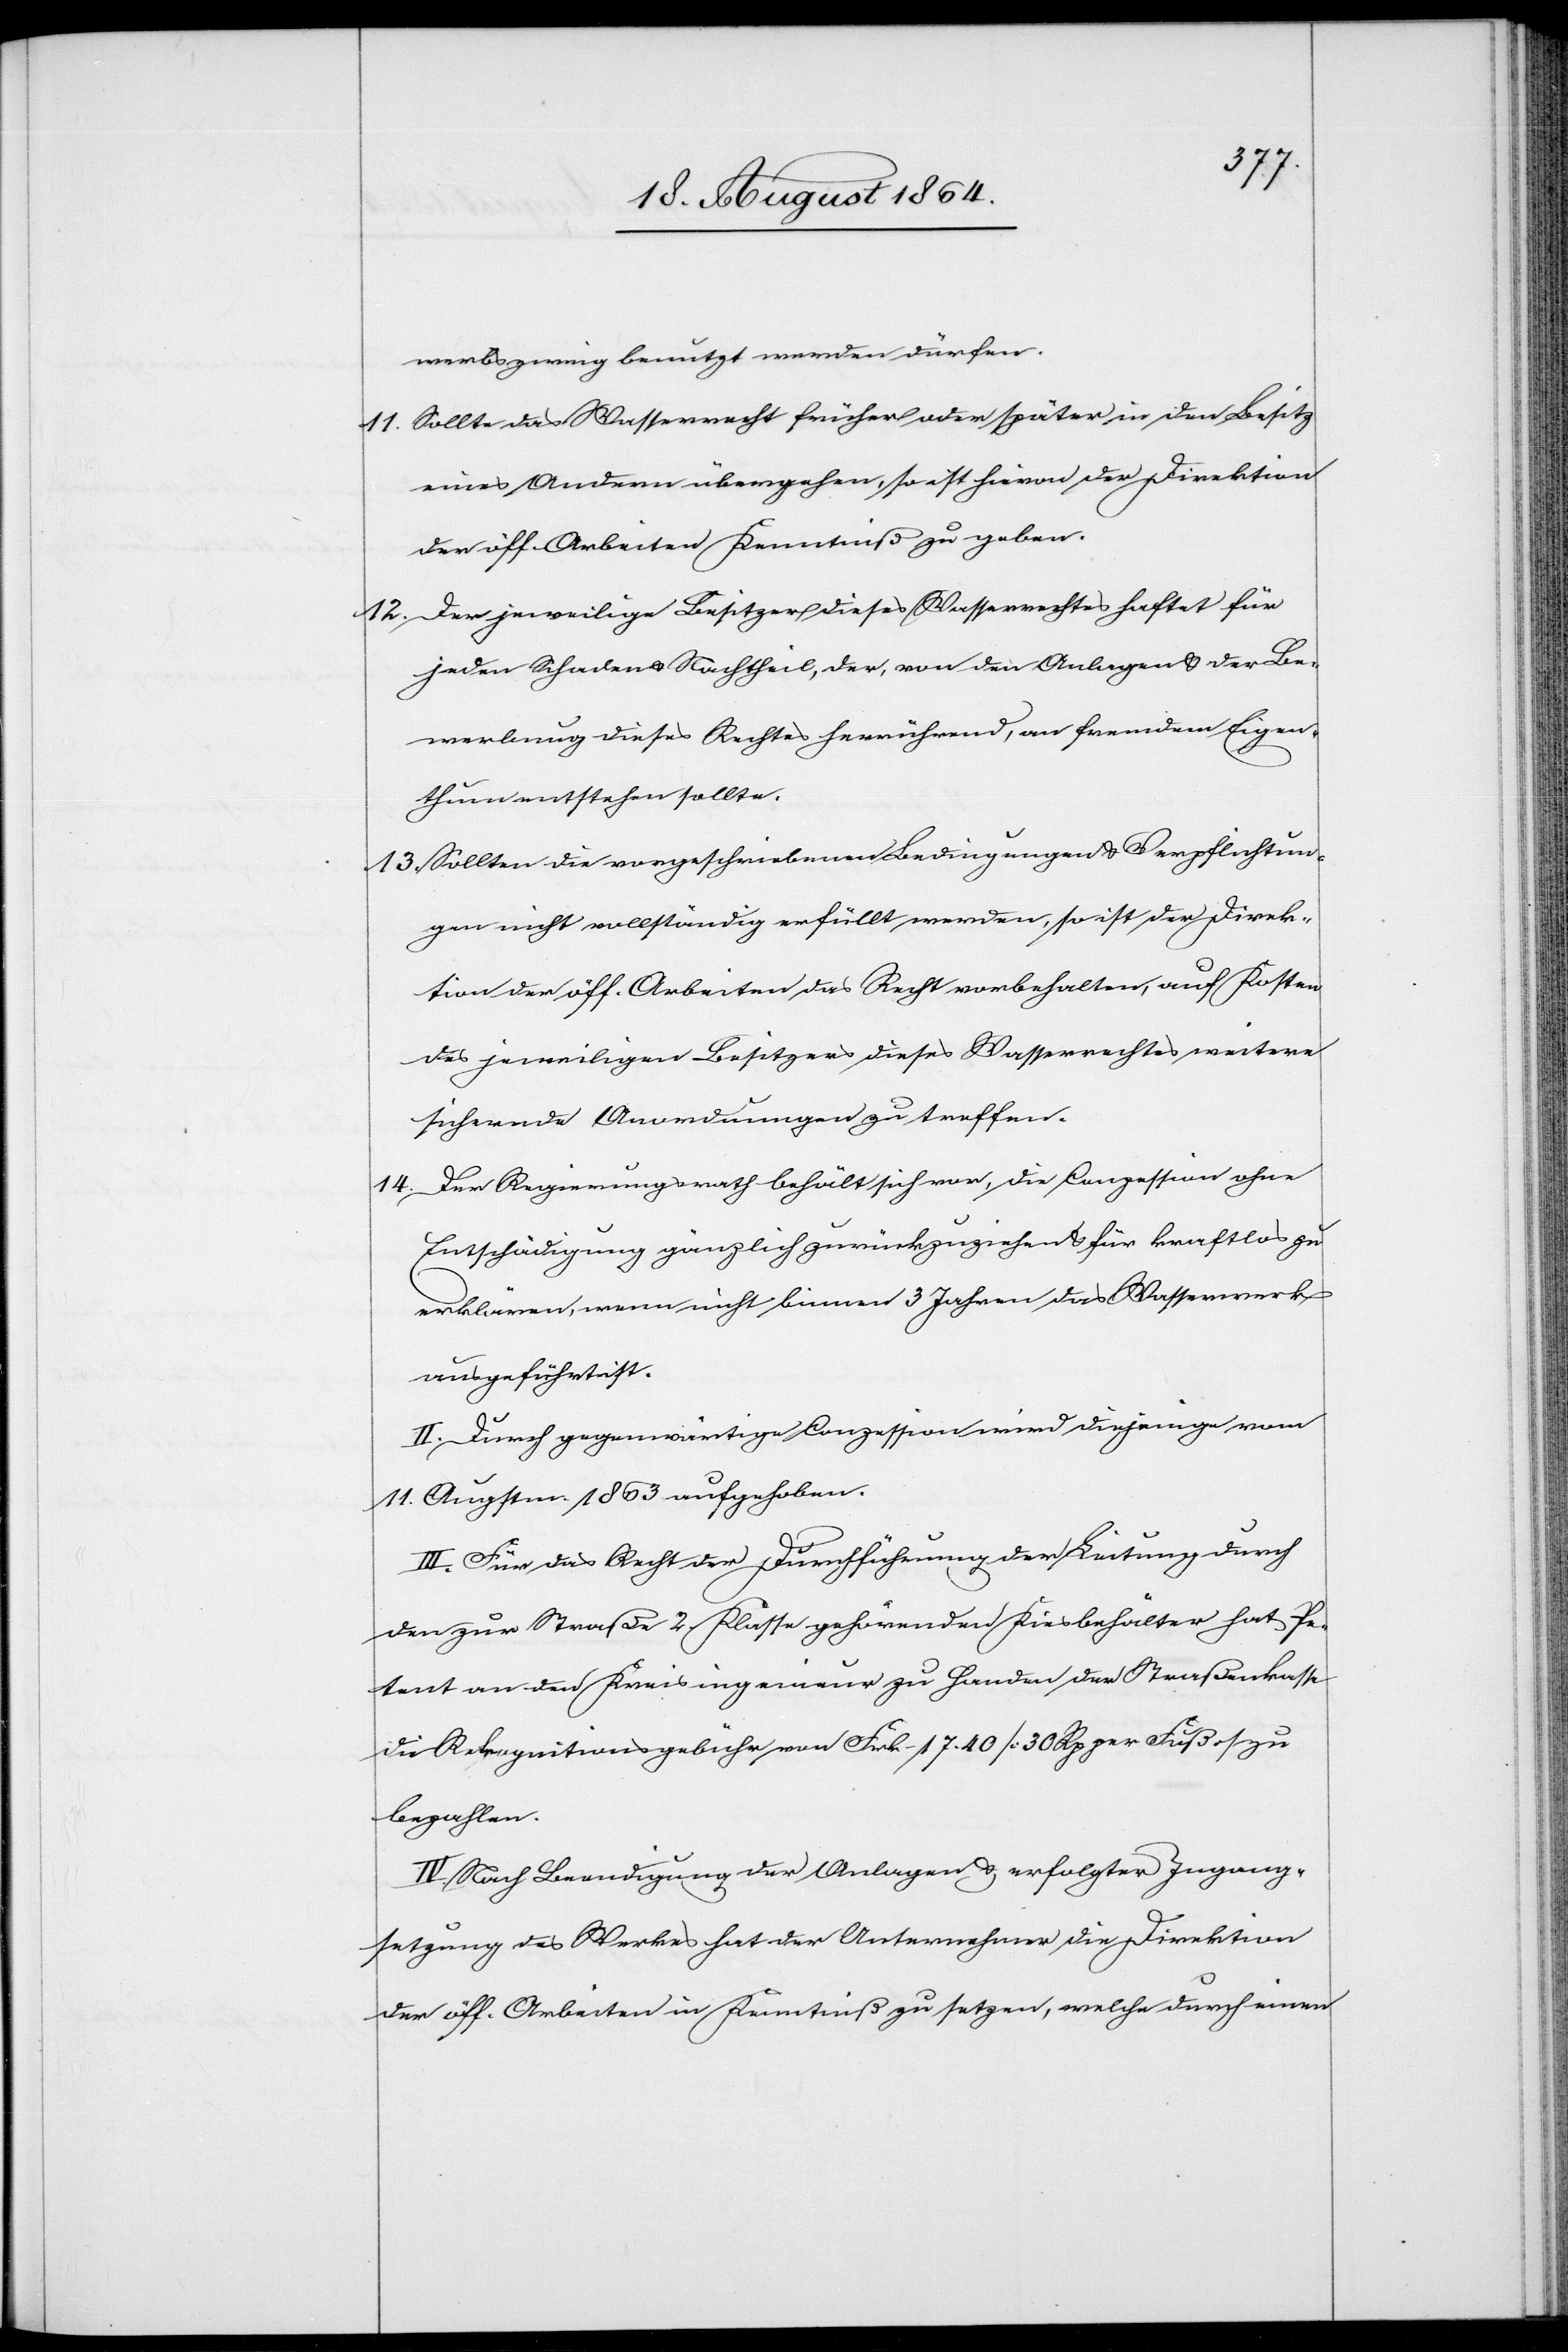
werbszweig benutzt werden dürfen.
11.	Sollte das Wasserrecht früher oder später in den Besitz
eines Andern übergehen, so ist hievon der Direktion
der öff. Arbeiten Kenntniß zu geben.
12.	Der jeweilige Besitzer dieses Wasserrechtes haftet für
jeden Schaden & Nachtheil, der, von den Anlagen & der Be¬
werbung dieses Rechtes herrührend, an fremdem Eigen¬
thum entstehen sollte.
13.	Sollten die vorgeschriebenen Bedingungen & Verpflichtun¬
gen nicht vollständig erfüllt werden, so ist der Direk¬
tion der öff. Arbeiten das Recht vorbehalten, auf Kosten
des jeweiligen Besitzers dieses Wasserrechtes weitere
sichernde Anordnungen zu treffen.
14.	Der Regierungsrath behält sich vor, die Conzession ohne
Entschädigung gänzlich zurückzuziehen & für kraftlos zu
erklären, wenn nicht binnen 3 Jahren das Wasserwerk
ausgeführt ist.
II. Durch gegenwärtige Conzession wird diejenige vom
11. Augstm. 1863 aufgehoben.
III. Für das Recht der Durchführung der Leitung durch
den zur Straße 2. Klasse gehörenden Kiesbehälter hat Pe¬
tent an den Kreisingenieur zu Handen der Straßenkasse
die Rekognitionsgebühr von Frk. 17.40 [30 Rp. per Fuß] zu
bezahlen.
IV. Nach Beendigung der Anlagen & erfolgter Ingang¬
setzung des Werkes hat der Unternehmer die Direktion
der öff. Arbeiten in Kenntniß zu setzen, welche durch einen